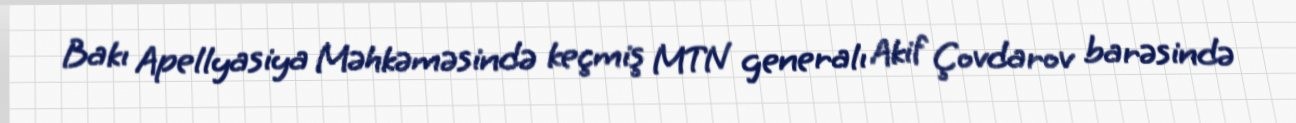
Bakı Apellyasiya Məhkəməsində keçmiş MTN generalı Akif Çovdarov barəsində